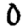
Digit: 0